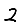
Digit: 2